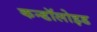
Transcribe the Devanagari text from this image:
कन्डॉलोइड